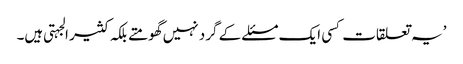
’یہ تعلقات کسی ایک مسئلے کے گرد نہیں گھومتے بلکہ کثیر الجہتی ہیں۔